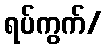
ရပ်ကွက်/